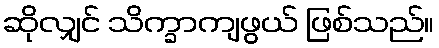
ဆိုလျှင် သိက္ခာကျဖွယ် ဖြစ်သည်။